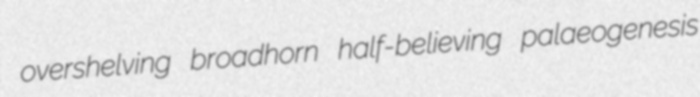
overshelving broadhorn half-believing palaeogenesis